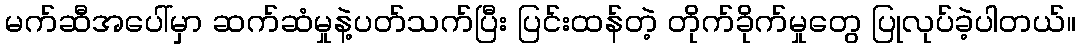
မက်ဆီအပေါ်မှာ ဆက်ဆံမှုနဲ့ပတ်သက်ပြီး ပြင်းထန်တဲ့ တိုက်ခိုက်မှုတွေ ပြုလုပ်ခဲ့ပါတယ်။